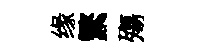
缘繁殤